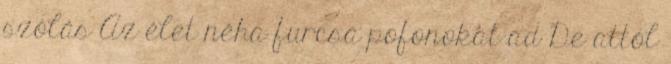
szólás Az élet néha furcsa pofonokat ad De attól